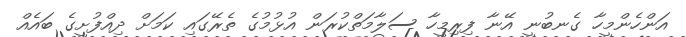
އަންހެންމީހާ ގެނބުނީ އޭނާ ފިރިމީހާ ސަލާމަތްކުރަން އުޅުމުގެ ތެރޭގައި ކަމަށް ދިއްފުށީގެ ބައެއް